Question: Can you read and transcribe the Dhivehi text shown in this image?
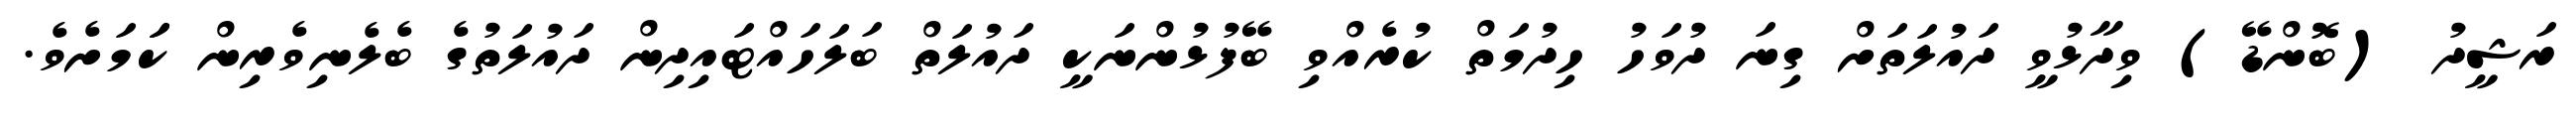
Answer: ރަޝީދު (ބޮންޑޭ) ވިދާޅުވީ ދައުލަތަށް ގިނަ ދުވަހު ހިދުމަތް ކުރެއްވި ބޭފުޅުންނަކީ ދައުލަތް ބަލަހައްޓައިދިން ދައުލަތުގެ ބެލެނިވެރިން ކަަމަށެވެ.